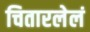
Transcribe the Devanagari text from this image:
चितारलेलं